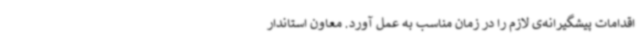
اقدامات پیشگیرانه‌ی لازم را در زمان مناسب به عمل آورد. معاون استاندار